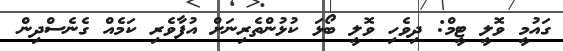
ގައުމީ ވޮލީ ޓީމް: ދިވެހި ވޮލީ ބޯޅަ ކުޅުންތެރިނަށް އުފާވެރި ކަމެއް ގެނެސްދިން